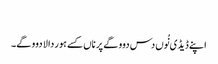
‏
اپنے ڈیڈی نُوں دس دوو گے پر ناں کسے ہور دا لا دوو گے۔